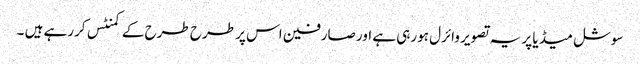
سوشل میڈ یا پر یہ تصویر وائرل ہورہی ہے اور صارفین اس پر طرح طرح کے کمنٹس کررہے ہیں ۔